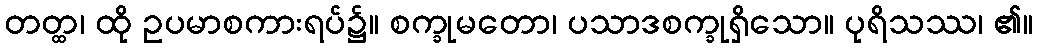
တတ္ထ၊ ထို ဥပမာစကားရပ်၌။ စက္ခုမတော၊ ပသာဒစက္ခုရှိသော။ ပုရိသဿ၊ ၏။